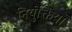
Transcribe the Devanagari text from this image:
निर्युक्तियाँ